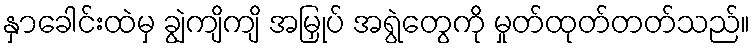
နှာခေါင်းထဲမှ ချွဲကျိကျိ အမြှုပ် အရွဲတွေကို မှုတ်ထုတ်တတ်သည်။